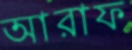
আরাফ